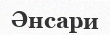
Әнсари